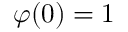
\varphi ( 0 ) = 1